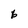
Character: 6